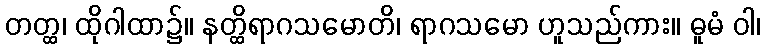
တတ္ထ၊ ထိုဂါထာ၌။ နတ္ထိရာဂသမောတိ၊ ရာဂသမော ဟူသည်ကား။ ဓူမံ ဝါ၊